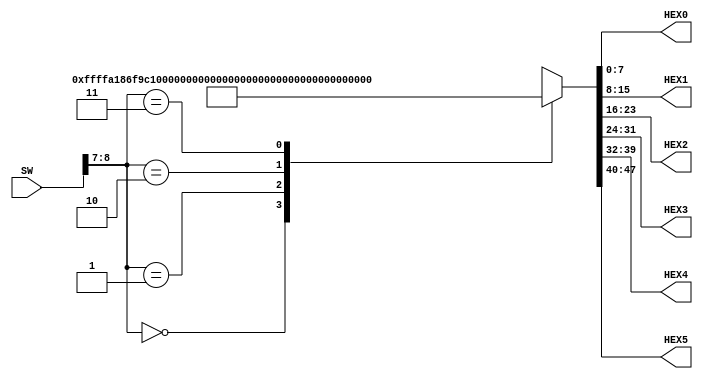

//=======================================================
//  This code is generated by Terasic System Builder
//=======================================================

module SevenSeg_Part2(

	//////////// SEG7 //////////
	output		     [7:0]		HEX0,
	output		     [7:0]		HEX1,
	output		     [7:0]		HEX2,
	output		     [7:0]		HEX3,
	output		     [7:0]		HEX4,
	output		     [7:0]		HEX5,

	//////////// SW //////////
	input 		     [9:0]		SW
);



//=======================================================
//  REG/WIRE declarations
//=======================================================

reg[1:0] c;
reg[7:0] d = 8'b10100001;
reg[7:0] e = 8'b10000110;
reg[7:0] one = 8'b11111001;
reg[7:0] zero = 8'b11000000;
reg[7:0] null = 8'b11111111;
reg[47:0] hex_data;

//=======================================================
//  Structural coding
//=======================================================

always@(*)
begin
	
	c = SW[9:7];
	
	case(c)
	
		0: hex_data={null,null,d,e,one,zero};
		1: hex_data={null,d,e,one,zero,null};
		2: hex_data={d,e,one,zero,null,null};
		3: hex_data={e,one,zero,null,null,d};
		4: hex_data={one,zero,null,null,d,e};
		default: hex_data={zero,null,null,d,e,one};
	
	endcase
	

end

assign HEX5 = hex_data[47:40];
assign HEX4 = hex_data[39:32];
assign HEX3 = hex_data[31:24];
assign HEX2 = hex_data[23:16];
assign HEX1 = hex_data[25:8];
assign HEX0 = hex_data[7:0];
	

endmodule